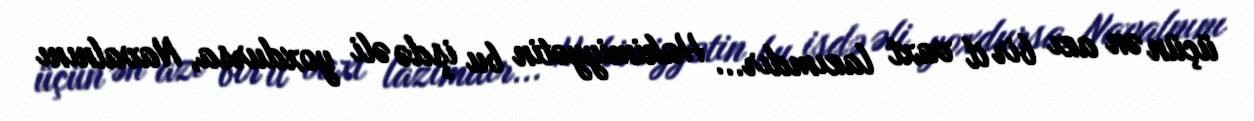
üçün ən azı bir il vaxt lazımdır... Hakimiyyətin bu işdə əli yoxdursa, Navalnını